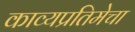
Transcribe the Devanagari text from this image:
काव्यप्रतिमेचा